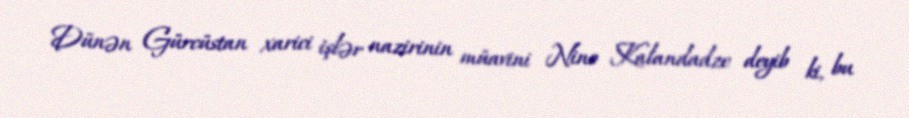
Dünən Gürcüstan xarici işlər nazirinin müavini Nino Kalandadze deyib ki, bu